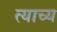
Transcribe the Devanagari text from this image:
त्याच्य